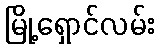
မြို့ရှောင်လမ်း